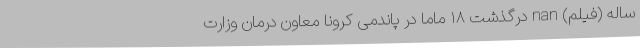
ساله (فیلم) nan درگذشت ۱۸ ماما در پاندمی کرونا معاون درمان وزارت